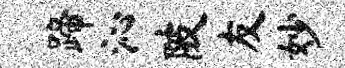
蹄沁陂友妙